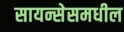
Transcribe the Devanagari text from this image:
सायन्सेसमधील